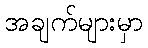
အချက်များမှာ